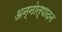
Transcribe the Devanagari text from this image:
अन्नोत्पादन